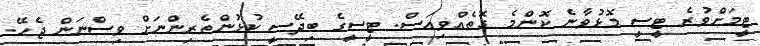
ޓީމަށްވުރެ ޓީސީ މޮޅުވާނެ ކޮންމެ ގޮތެއްވިއަސް. ޓީސީގެ ބިދޭސީ ކުޅުންތެރިންނަށް ވިސްނަން ޖެހޭ.